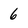
Character: 6